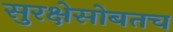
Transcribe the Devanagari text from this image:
सुरक्षेसोबतच